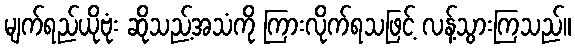
မျက်ရည်ယိုဗုံး ဆိုသည့်အသံကို ကြားလိုက်ရသဖြင့် လန့်သွားကြသည်။